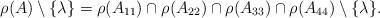
LaTeX: \begin{align*}\rho(A)\setminus\{\lambda\} = \rho(A_{11})\cap\rho(A_{22})\cap\rho(A_{33})\cap\rho(A_{44})\setminus\{\lambda\}.\end{align*}